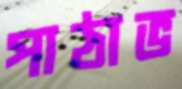
পাঠাভ